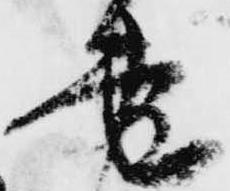
書